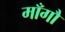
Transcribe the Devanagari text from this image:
माँगौ